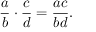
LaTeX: { \frac { a } { b } } \cdot { \frac { c } { d } } = { \frac { a c } { b d } } .